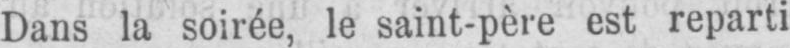
Dans la soirée, le saint-père est reparti